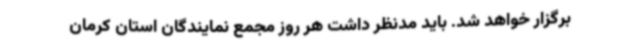
برگزار خواهد شد. باید مدنظر داشت هر روز مجمع نمایندگان استان کرمان